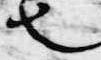
也